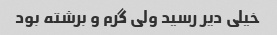
خیلی دیر رسید ولی گرم و برشته بود